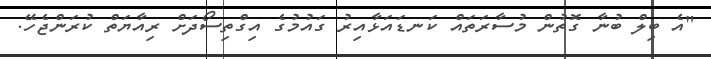
"އެ ބިލް ބުނާ ގޮތުން މުސާރަތައް ކަނޑައަޅާއިރު ގައުމުގެ އިގްތިސޯދަށް ރިއާޔަތް ކުރަންޖެހޭ.